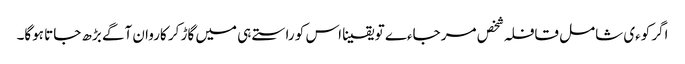
اگر کوءی شامل قافلہ شخص مر جاءے تو یقینا اس کو راستے ہی میں گاڑ کر کاروان آگے بڑھ جاتا ہوگا۔